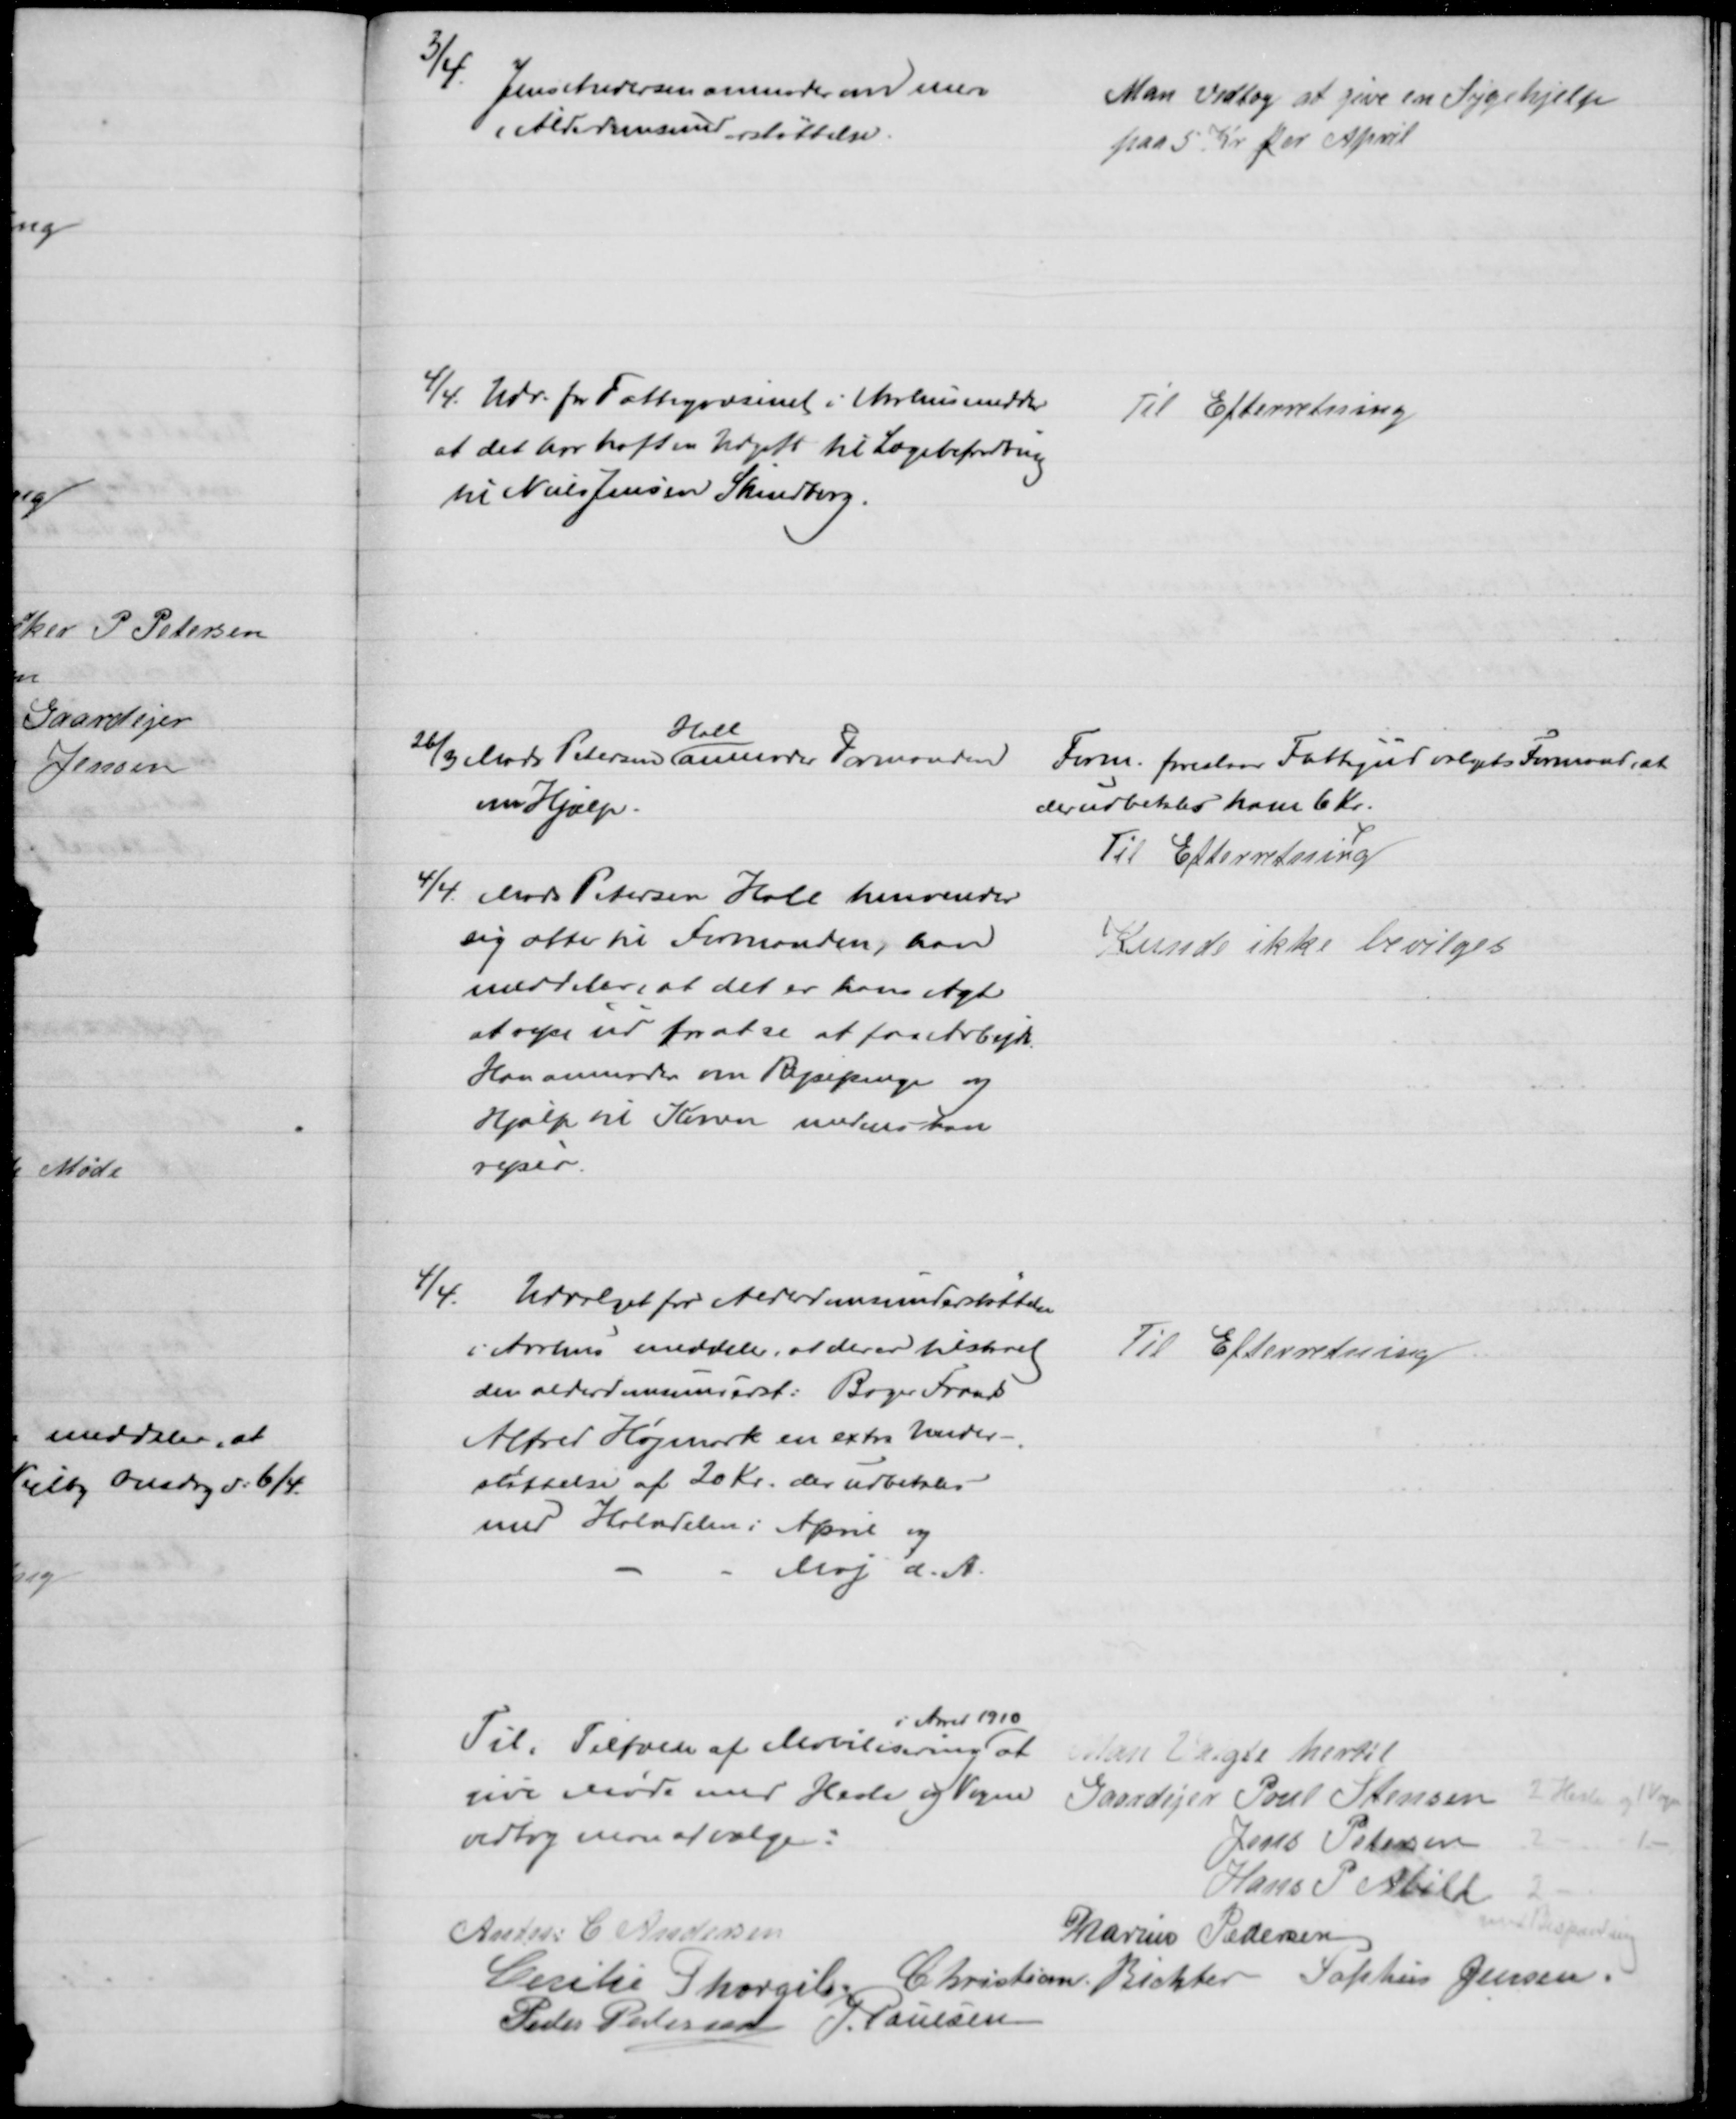
Transskription:
3/4.
Jens Andersen anmoder om mere
i Alderdomsunderstøttelse.
Man vedtog at give en Sygehjælp
paa 5 Kr for April
4/4. Udv. for Fattigvæsenet i Aarhus medd.
at det har haft en Udgift til Lægebefordring
til Niels Jensen Skindberg.
Til Efterretning
26/3 Mads Petersen 
Hall
anmoder Formanden
om Hjælp.
Form. foreslaar Fattigudvalgets Formand, at
der udbetales ham 6 Kr.
Til Efterretning
4/4 Mads Petersen Hall henvender
sig atter til Formanden, han
meddeler at det er hans Agt
at rejse ud for at se at faa et Arbejde
Han anmoder om Rejsepenge og
Hjælp til Konen medens han
rejser.
Kunde ikke bevilges
4/4.
Udvalget for Alderdomsunderstøttelse
i Aarhus meddeler, at der er tilstaaet
den alderdomsunderst. Bager Frands
Alfred Højmark en extra Under-
støttelse af 20 Kr, der udbetales
med Halvdelen i April og
Maj d. A.
Til Efterretning
Til i Tilfælde af Mobilisering 
i Aaret 1910
at
give Møde med Heste og Vogne
vedtog man at vælge:
Man Valgte hertil
Gaardejer Poul Steensen 2 Heste og 1 Vogn
Jens Petersen
2
1
Hans P. Abild
2
med Bespænding
Anton C. Andersen
Marius Pedersen
Cecilie Thorgils. Christian Richter Sophus Jensen.
Peder Pedersen J. Poulsen